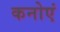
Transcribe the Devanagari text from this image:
कनोएं